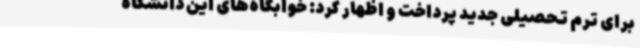
برای ترم تحصیلی جدید پرداخت و اظهار کرد:‌ خوابگاه‌های این دانشگاه